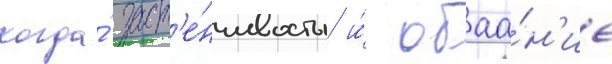
когда́ заст'е́нчивость и́ обаа́н'ие